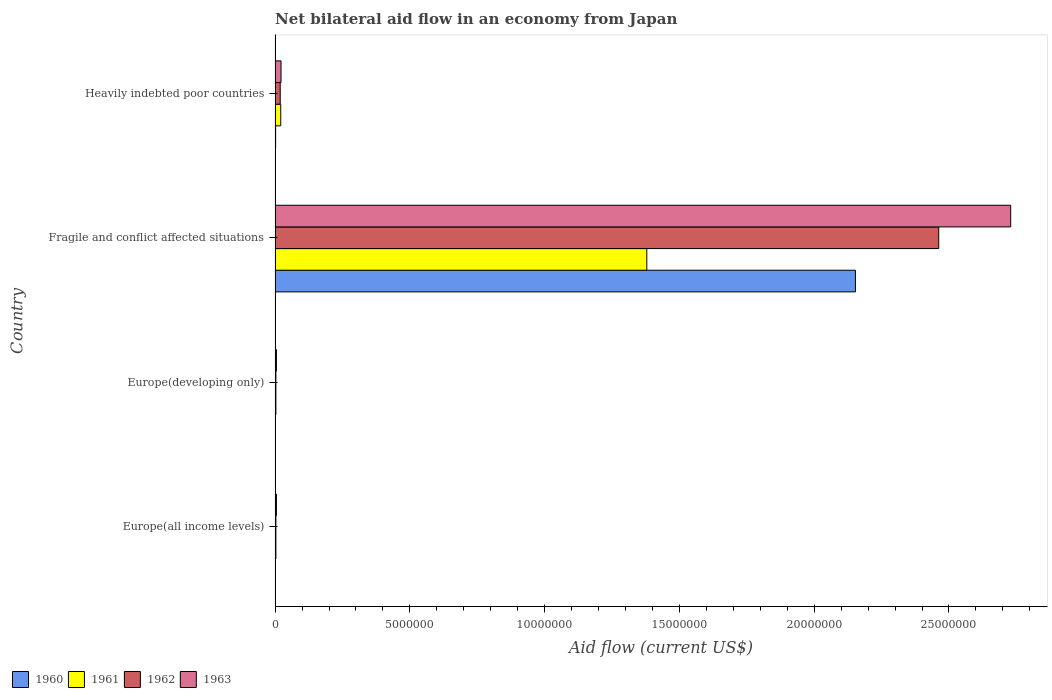
| Country | 1960 | 1961 | 1962 | 1963 |
 | --- | --- | --- | --- | --- |
 | Europe(all income levels) | 1e+04 | 3e+04 | 3e+04 | 5e+04 |
 | Europe(developing only) | 1e+04 | 3e+04 | 3e+04 | 5e+04 |
 | Fragile and conflict affected situations | 2.15e+07 | 1.38e+07 | 2.46e+07 | 2.73e+07 |
 | Heavily indebted poor countries | 2e+04 | 2.1e+05 | 1.9e+05 | 2.2e+05 |